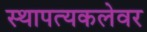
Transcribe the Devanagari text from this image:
स्थापत्यकलेवर